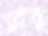
স্রোবা